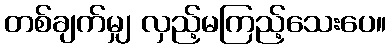
တစ်ချက်မျှ လှည့်မကြည့်သေးပေ။